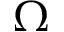
\Omega